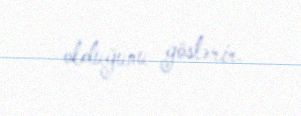
olduğunu göstərir.